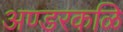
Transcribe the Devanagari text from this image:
अण्डरकळि